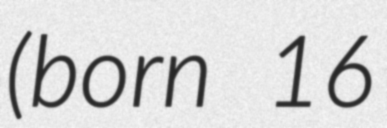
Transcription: (born 16